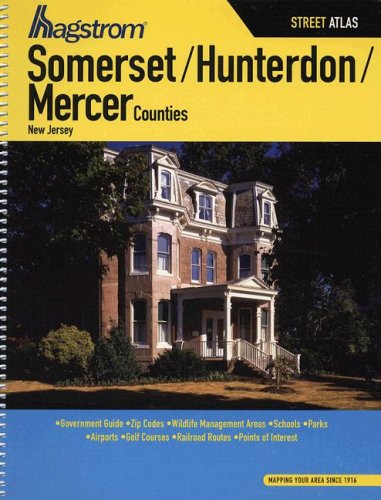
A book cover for Hagstrom Somerset/Hunterdon/Mercer Counties, New Jersey Street Atlas (Hagstrom Somerset/Hunterdon/Mercer County Atlas); Travel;